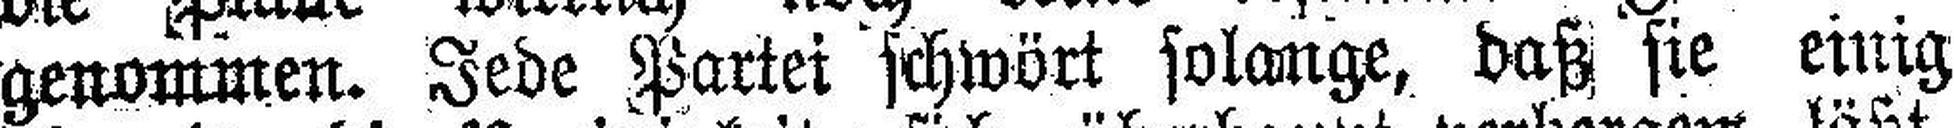
genommen. Jede Partei schwört solange, daß sie einig